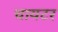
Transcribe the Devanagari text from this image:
चायटर